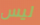
ليس